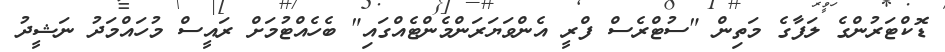
ޑޮކްޓަރުންގެ ލަފާގެ މަތިން "ސުޓްރެސް ފްރީ އެންވަޔަރަންމެންޓެއްގައި" ބެހެއްޓުމަށް ރައީސް މުހައްމަދު ނަޝީދު